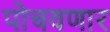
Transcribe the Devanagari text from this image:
पोचवणार